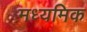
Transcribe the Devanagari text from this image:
मध्यमिक